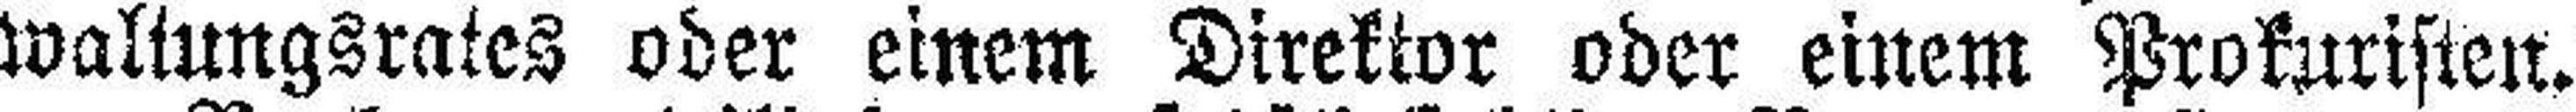
waltungsrates oder einem Direktor oder einem Prokuristen.